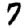
Digit: 7